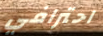
احترافي